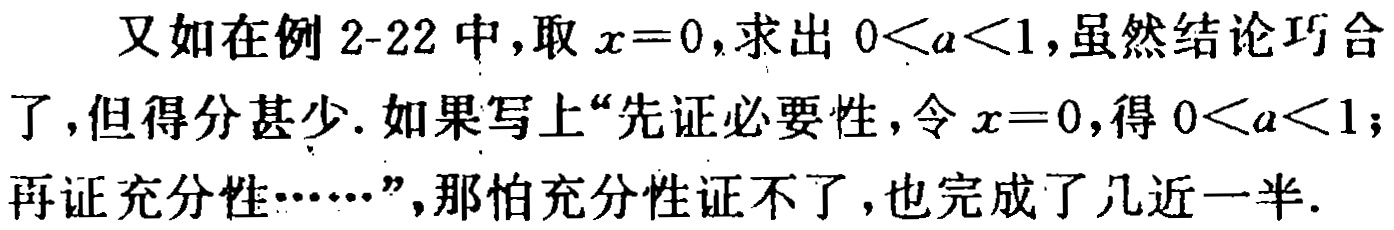
又如在例 2-22 中,取 \(x = 0\),求出 \(0 < a < 1\),虽然结论巧合了,但得分甚少.如果写上“先证必要性,令 \(x = 0\),得 \(0 < a < 1\);再证充分性……”,哪怕充分性证不了,也完成了几近一半.